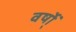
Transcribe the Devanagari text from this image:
वर्षो्ं